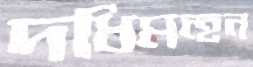
দধিমন্হন